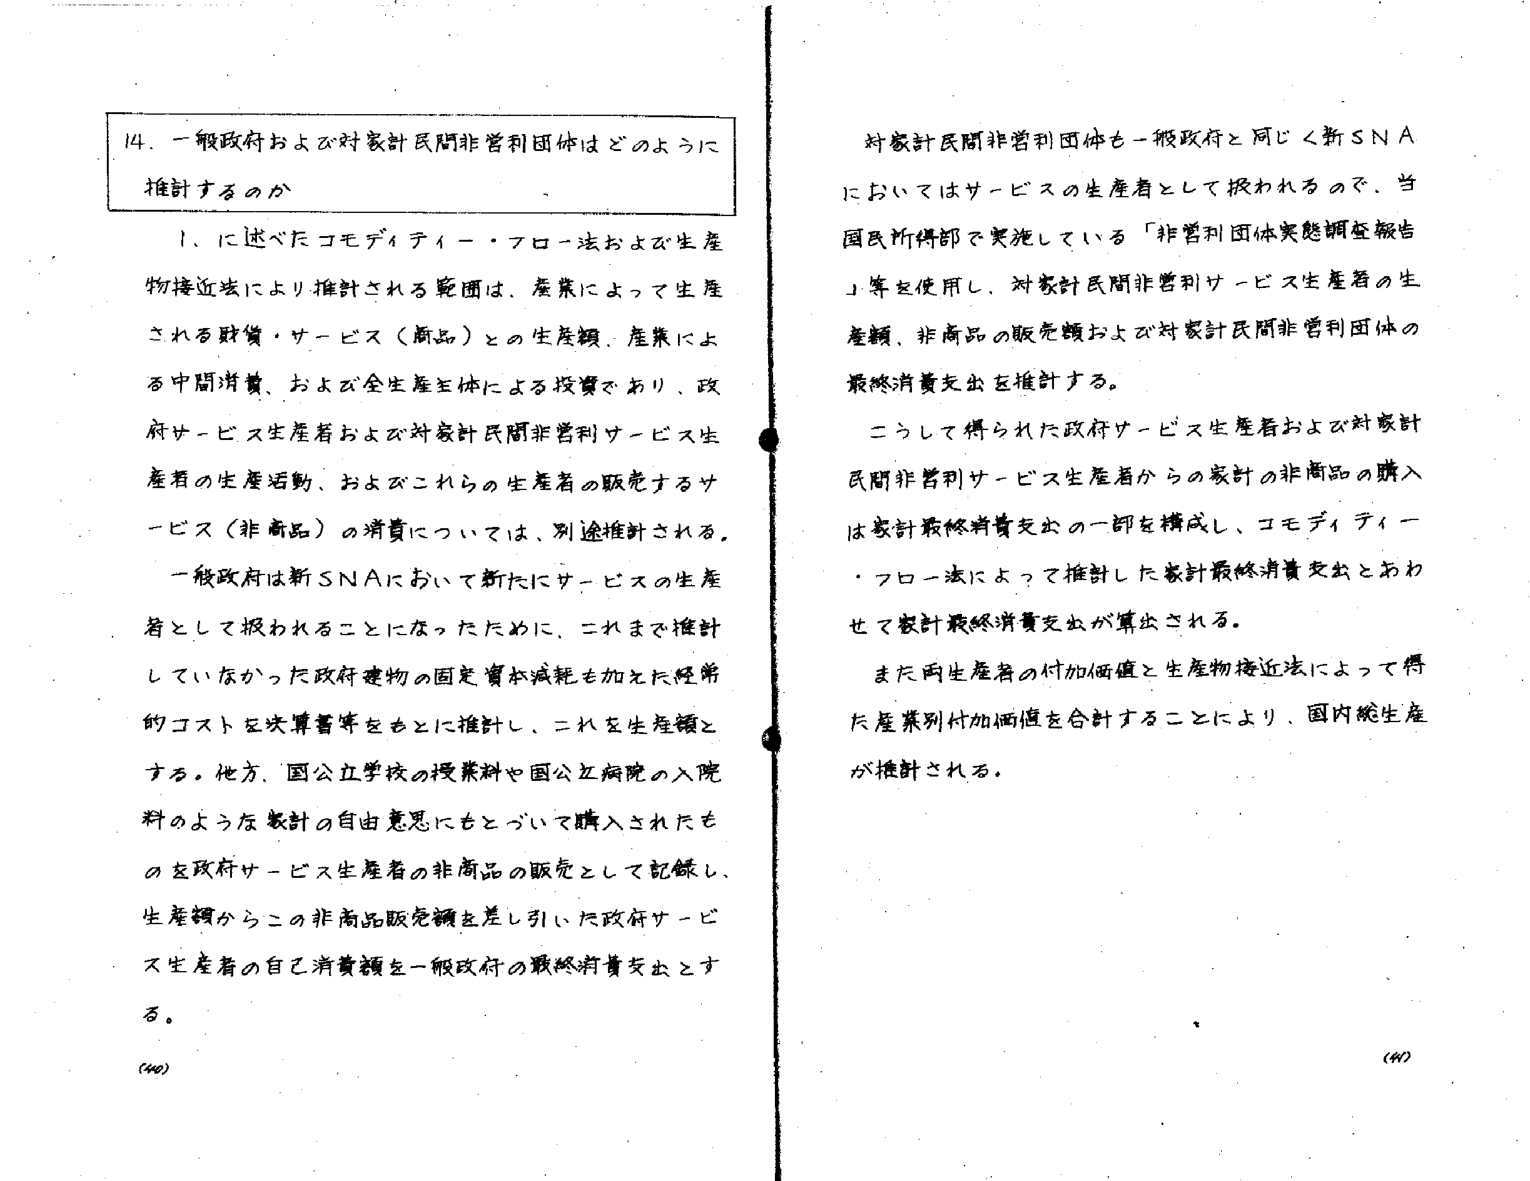
14. 一般政府および対家計民間非営利団体はどのように推計するのか

1. に述べたコモディティー・フロー法および生産物接近法により推計される範囲は、産業によって生産される財貨・サービス（商品）との生産額、産業による中間消費、および全生産主体による投資であり、政府サービス生産者および対家計民間非営利サービス生産者の生産活動、およびこれらの生産者の販売するサービス（非商品）の消費については、別途推計される。

一般政府は新SNAにおいて新たにサービスの生産者として扱われることになったために、これまで推計していなかった政府建物の固定資本減耗を加えた経常的コストを決算書等をもとに推計し、これを生産額とする。他方、国立公立学校の授業料や国立公立病院の入院料のような家計の自由意思にもとづいて購入されたものを政府サービス生産者の非商品の販売として記録し、生産額からこの非商品販売額を差し引いた政府サービス生産者の自己消費額を一般政府の最終消費支出とする。

対家計民間非営利団体も一般政府と同じく新SNAにおいてはサービスの生産者として扱われるので、当国民所得部で実施している「非営利団体実態調査報告」等を使用し、対家計民間非営利サービス生産者の生産額、非商品の販売額および対家計民間非営利団体の最終消費支出を推計する。

こうして得られた政府サービス生産者および対家計民間非営利サービス生産者からの家計の非商品の購入は家計最終消費支出の一部を構成し、コモディティー・フロー法によって推計した家計最終消費支出とあわせて家計最終消費支出が算出される。

また両生産者の付加価値と生産物接近法によって得た産業別付加価値を合計することにより、国内総生産が推計される。

(40)